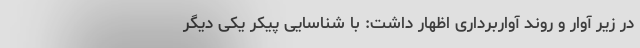
در زیر آوار و روند آواربرداری اظهار داشت: ‌با شناسایی پیکر یکی دیگر